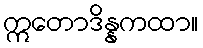
ဣတောဒိန္နကထာ။